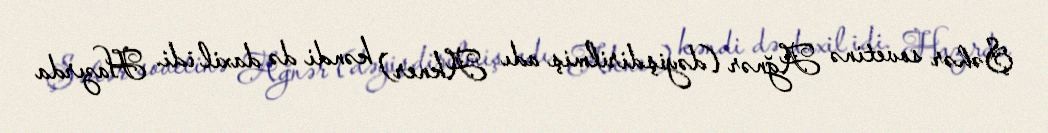
Şəhər sovetinə Ağnər (dəyişdirilmiş adı Akner) kəndi də daxil idi. Hazırda